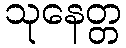
သုနေတ္တ